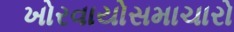
ખોરવાયોસમાચારો